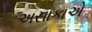
અસાકાએ